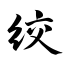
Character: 绞